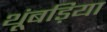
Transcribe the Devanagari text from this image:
थूंबड़िया